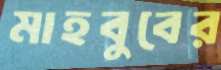
মাহবুবের